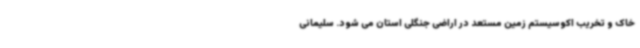
خاک و تخریب اکوسیستم زمین مستعد در اراضی جنگلی استان می شود. سلیمانی